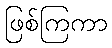
ဖြစ်ကြကာ